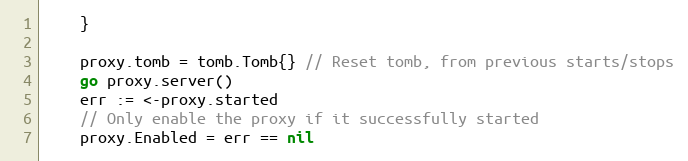
Language: Go
	}

	proxy.tomb = tomb.Tomb{} // Reset tomb, from previous starts/stops
	go proxy.server()
	err := <-proxy.started
	// Only enable the proxy if it successfully started
	proxy.Enabled = err == nil